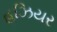
હૂઝિયર